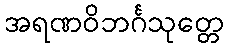
အရဏဝိဘင်္ဂသုတ္တေ